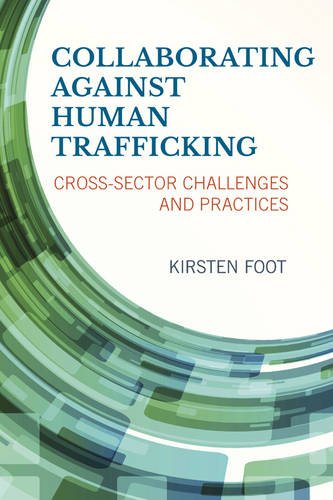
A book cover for Collaborating against Human Trafficking: Cross-Sector Challenges and Practices; Kirsten Foot University of Washington; Law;